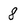
Character: 8